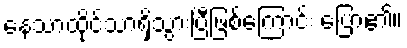
နေသာထိုင်သာရှိသွားပြီဖြစ်ကြောင်း ပြော၏။